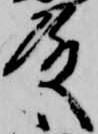
殿